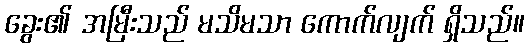
ခွေး၏ အမြီးသည် မသိမသာ ကောက်လျက် ရှိသည်။